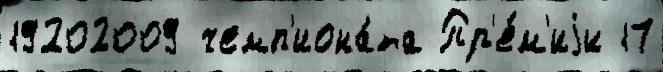
19202009 чемп'иона́та Пр'е́м'иjи 17